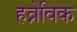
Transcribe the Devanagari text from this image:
हव्नेविक